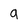
Character: g